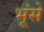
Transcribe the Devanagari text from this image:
भूंसे